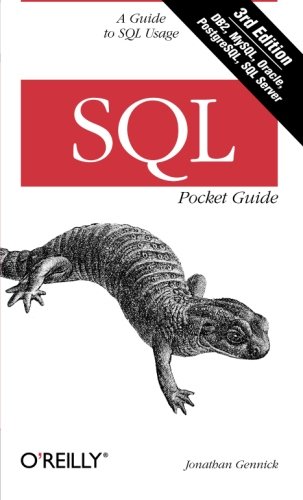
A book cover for SQL Pocket Guide; Jonathan Gennick; Computers & Technology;